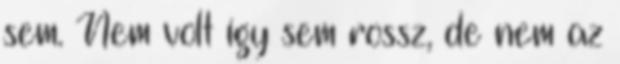
sem. Nem volt így sem rossz, de nem az